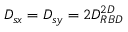
D _ { s x } = D _ { s y } = 2 D _ { R B D } ^ { 2 D }